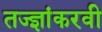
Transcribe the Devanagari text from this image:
तज्ज्ञांकरवी